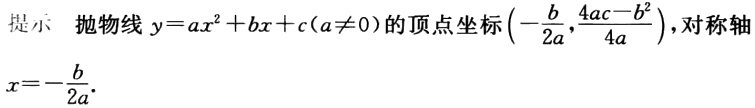
提示 抛物线\(y = ax^{2}+bx + c(a\neq0)\)的顶点坐标\((-\frac{b}{2a},\frac{4ac - b^{2}}{4a})\)，对称轴\(x = -\frac{b}{2a}\)。